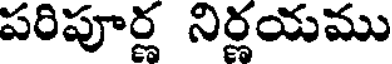
పరిపూర్ణ నిర్ణయము